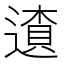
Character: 𨖒